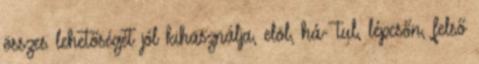
összes lehetőségét jól kihasználja, elöl, há- tul, lépcsőn, felső